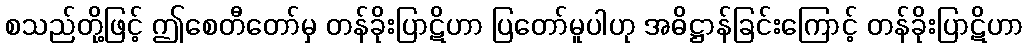
စသည်တို့ဖြင့် ဤစေတီတော်မှ တန်ခိုးပြာဋိဟာ ပြတော်မူပါဟု အဓိဋ္ဌာန်ခြင်းကြောင့် တန်ခိုးပြာဋိဟာ